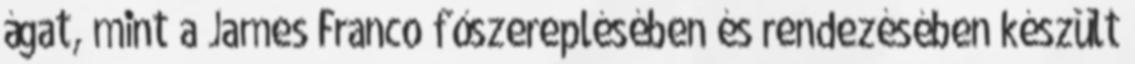
ágat, mint a James Franco főszereplésében és rendezésében készült